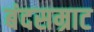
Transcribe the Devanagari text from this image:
बंदसम्राट